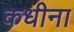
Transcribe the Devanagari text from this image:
कधीना